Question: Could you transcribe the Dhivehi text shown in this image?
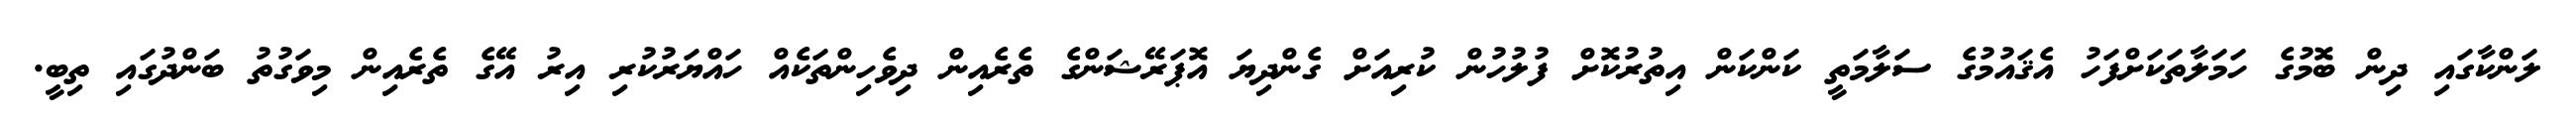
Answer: ލަންކާގައި ދިން ބޮމުގެ ހަމަލާތަކަށްފަހު އެޤައުމުގެ ސަލާމަތީ ކަންކަން އިތުރުކޮށް ފުލުހުން ކުރިއަށް ގެންދިޔަ އޮޕަރޭޝަންގެ ތެރެއިން ދިވެހިންތަކެއް ހައްޔަރުކުރި އިރު އޭގެ ތެރެއިން މިވަގުތު ބަންދުގައި ތިބީ.